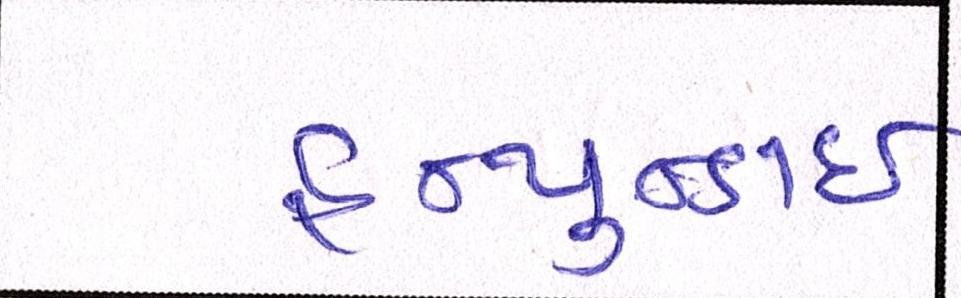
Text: હ્યુન્ડાઇ